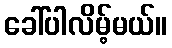
ခေါ်ပါလိမ့်မယ်။